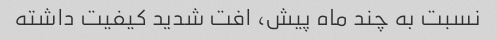
نسبت به چند ماه پیش، افت شدید کیفیت داشته